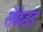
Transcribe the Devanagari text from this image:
सेफेइड